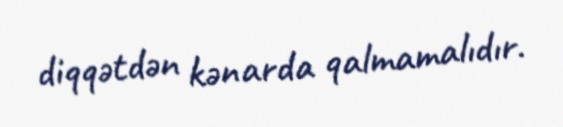
diqqətdən kənarda qalmamalıdır.